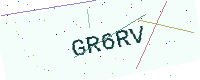
Text: GR6RV